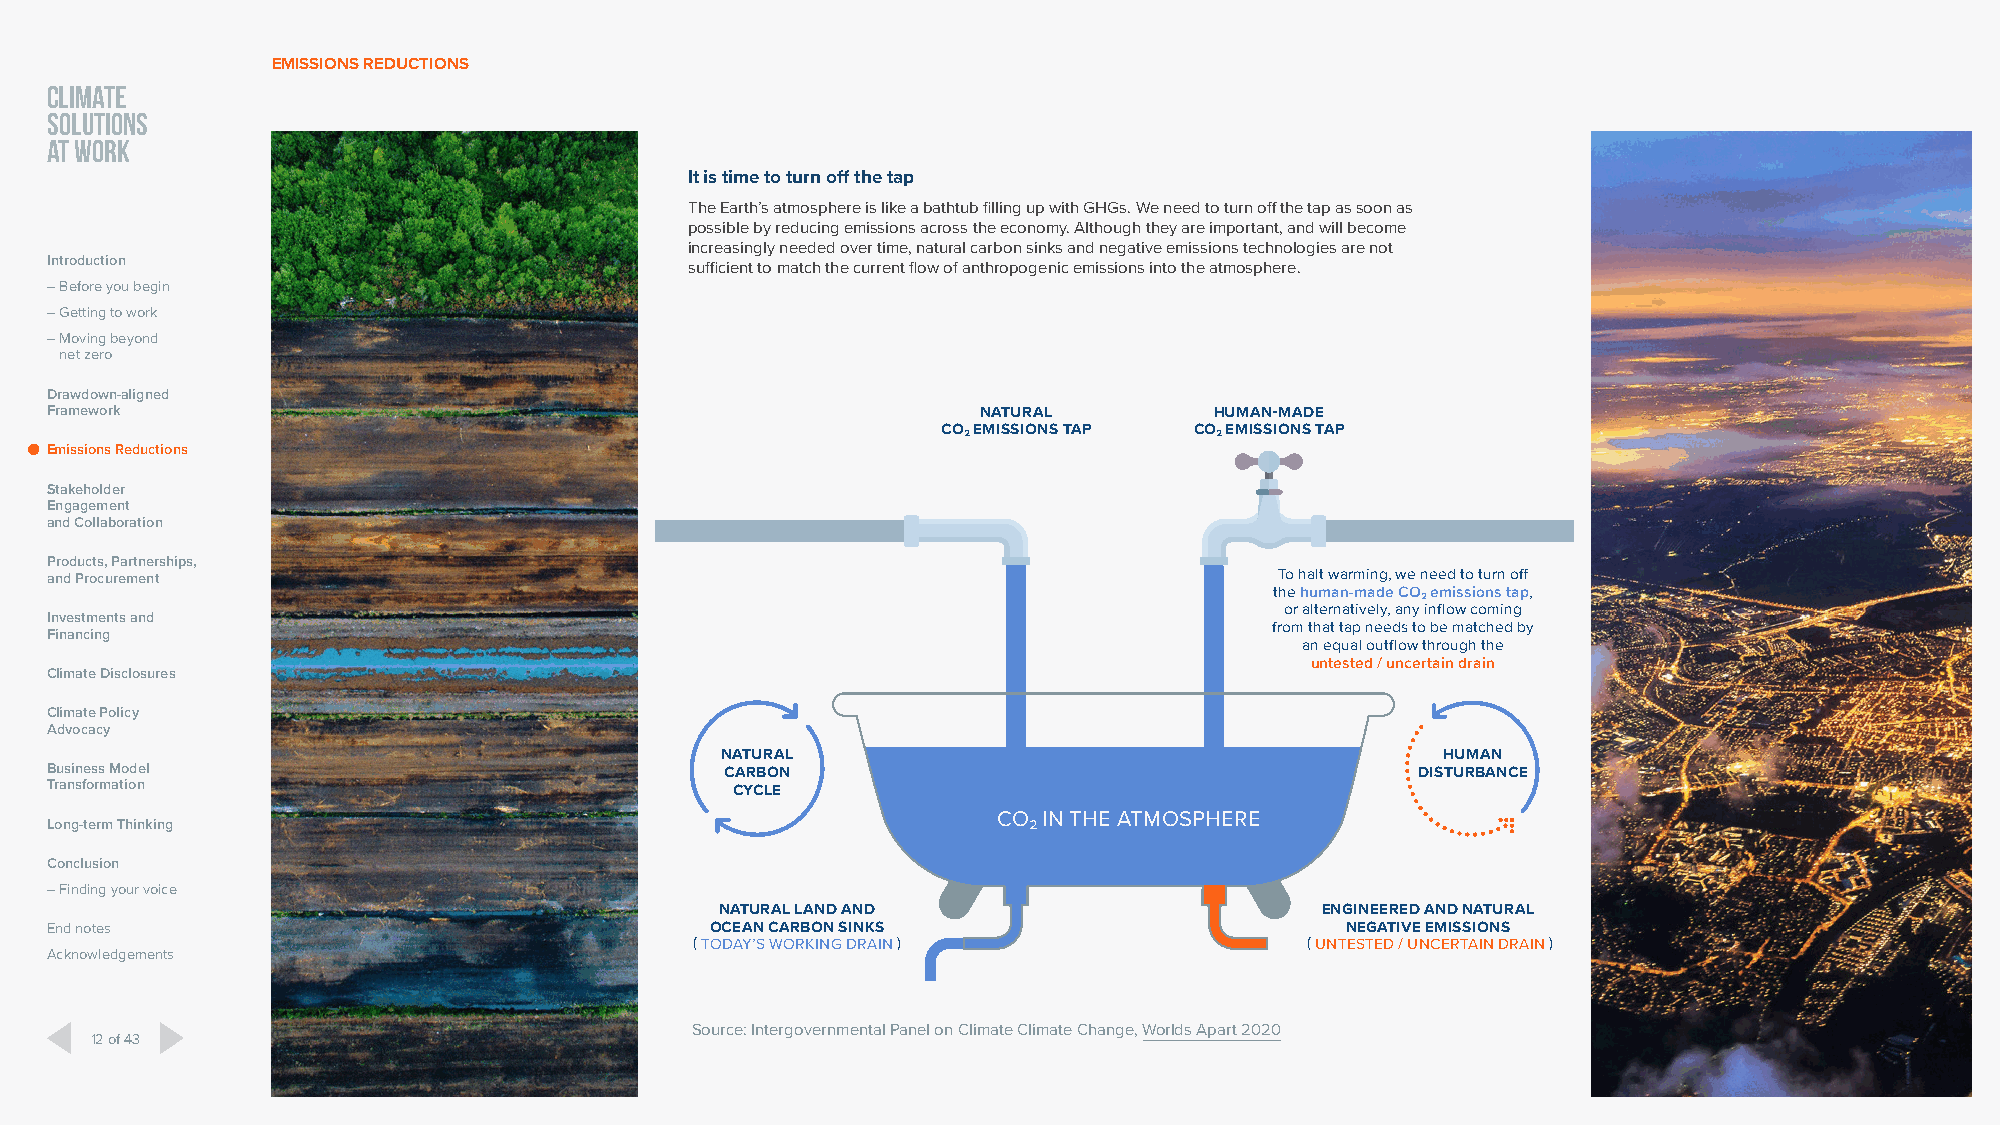
EMISSIONS REDUCTIONS
 CLIMATE
 SOLUTIONS
 AT WORK
 It is time to turn off the tap
 The Earth’s atmosphere is like a bathtub filling up with GHGs. We need to turn off the tap as soon as
 possible by reducing emissions across the economy. Although they are important, and will become
 increasingly needed over time, natural carbon sinks and negative emissions technologies are not
 Introduction
 sufficient to match the current flow of anthropogenic emissions into the atmosphere.
 – Before you begin
 – Getting to work
 – Moving beyond
 net zero
 Drawdown-aligned
 Framework                                                     NATURAL        HUMAN-MADE
 CO₂ EMISSIONS TAP CO₂ EMISSIONS TAP
 Emissions Reductions
 Stakeholder
 Engagement
 and Collaboration
 Products, Partnerships,
 and Procurement                                                                   To halt warming, we need to turn off
 the human-made CO₂ emissions tap,
 or alternatively, any inflow coming
 Investments and
 from that tap needs to be matched by
 Financing
 an equal outflow through the
 untested / uncertain drain
 Climate Disclosures
 Climate Policy
 Advocacy
 NATURAL                                         HUMAN
 Business Model                               CARBON                                        DISTURBANCE
 Transformation                                CYCLE
 CO₂ IN THE ATMOSPHERE
 Long-term Thinking
 Conclusion
 – Finding your voice
 NATURAL LAND AND                        ENGINEERED AND NATURAL
 End notes                                   OCEAN CARBON SINKS                        NEGATIVE EMISSIONS
 ( TODAY’S WORKING DRAIN )                ( UNTESTED / UNCERTAIN DRAIN )
 Acknowledgements
 Source: Intergovernmental Panel on Climate Climate Change, Worlds Apart 2020
 12 of 43